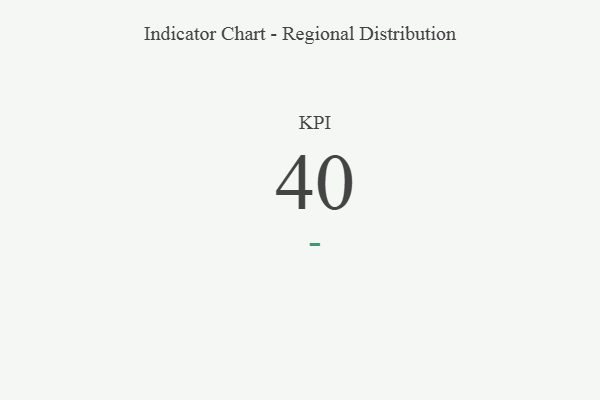
{"axis": {"x": "KPI", "y": "Value"}, "legend": [""], "data": [{"x": "KPI", "y": 40, "type": ""}]}